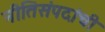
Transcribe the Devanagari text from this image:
नीतिसंपदांची